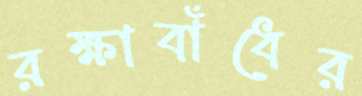
রক্ষাবাঁধের